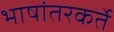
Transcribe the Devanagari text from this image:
भाषांतरकर्ते